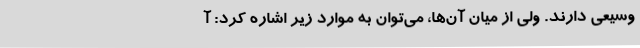
وسیعی دارند. ولی از میان آن‌ها، می‌توان به موارد زیر اشاره کرد: آ